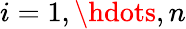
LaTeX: i=1,\hdots,n